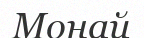
Монай